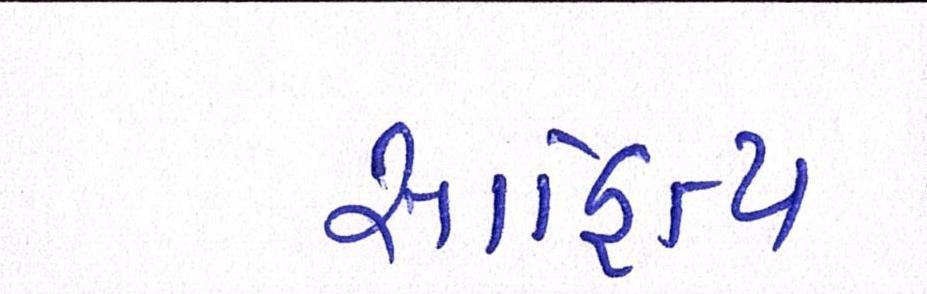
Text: સાહિત્ય